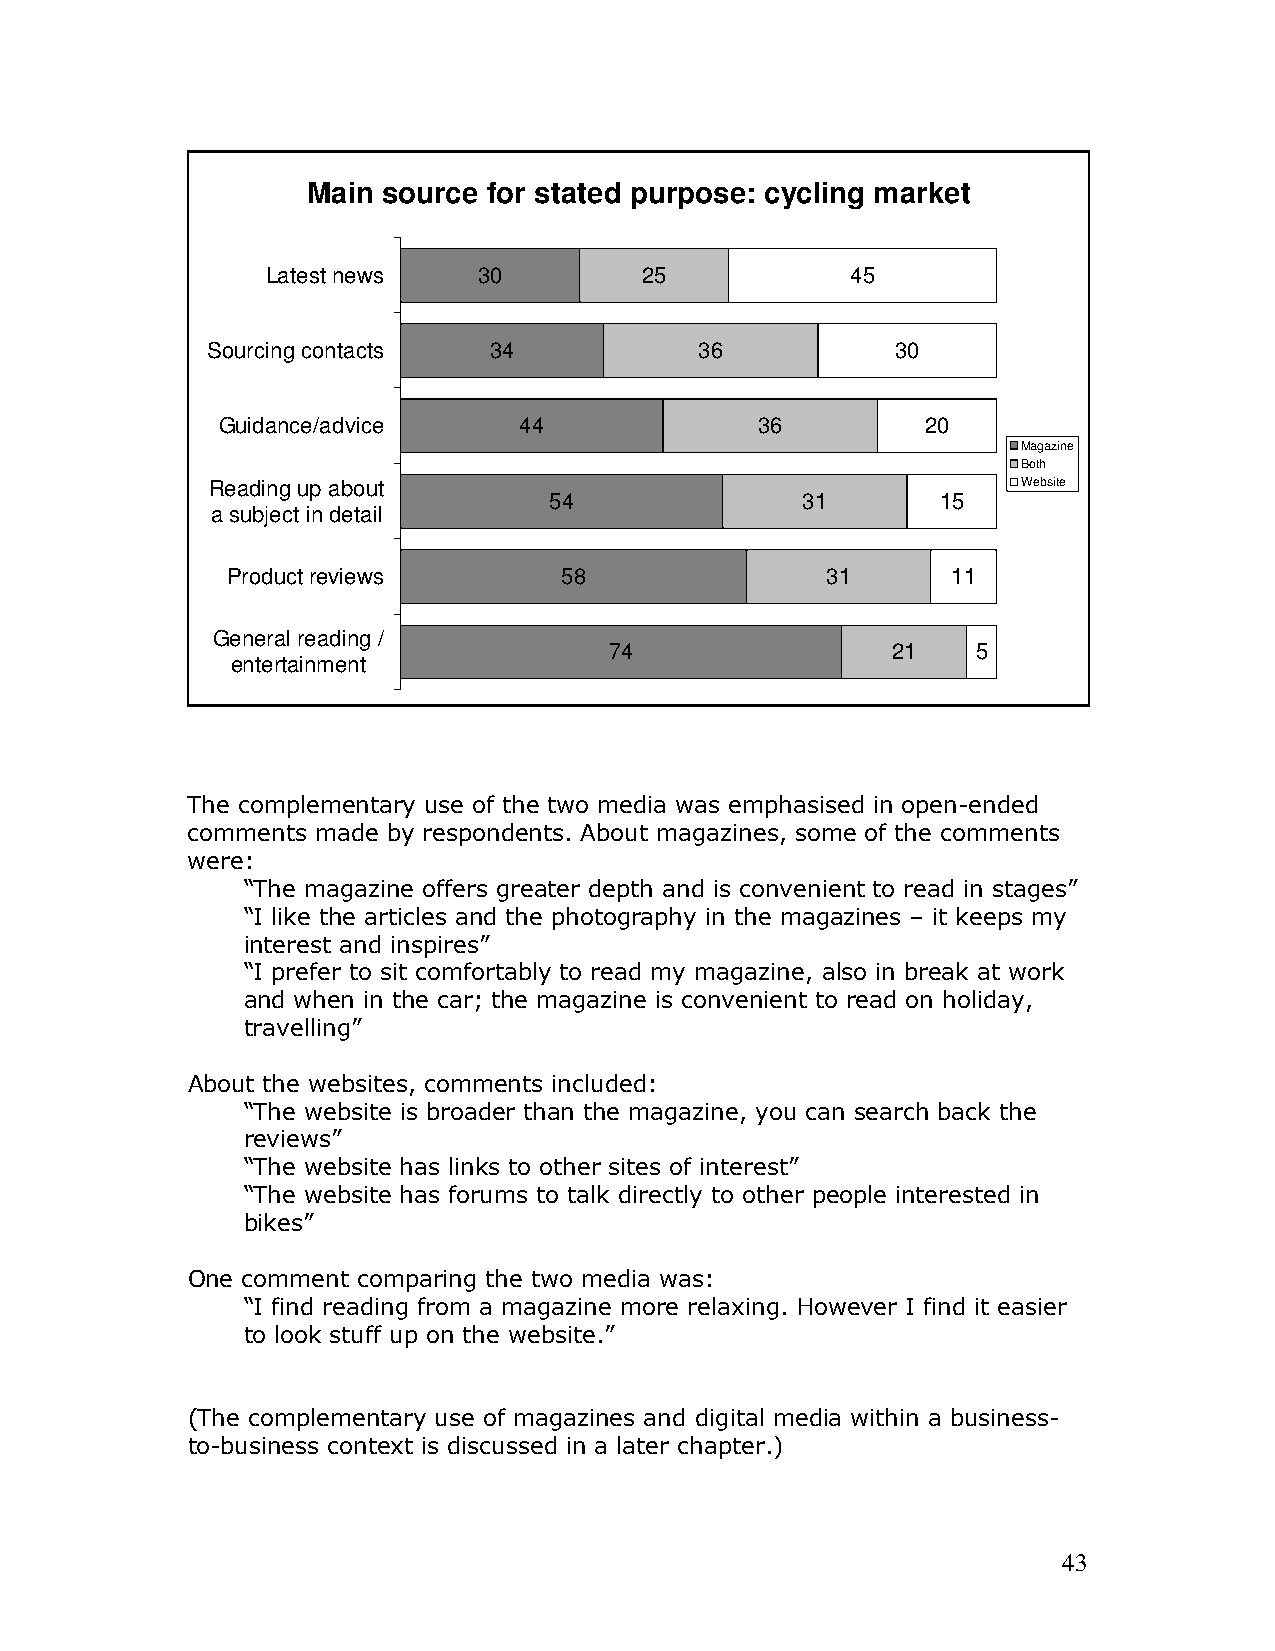
Main source for stated purpose: cycling market
 Latest news   30        25            45
 Sourcing contacts 34            36           30
 Guidance/advice     44              36         20
 Magazine
 Both
 Reading up about                                      Website
 54               31       15
 a subject in detail
 Product reviews       58                31      11
 General reading /
 74                 21    5
 entertainment
 The complementary use of the two media was emphasised in open-ended
 comments made by respondents. About magazines, some of the comments
 were:
 “The magazine offers greater depth and is convenient to read in stages”
 “I like the articles and the photography in the magazines – it keeps my
 interest and inspires”
 “I prefer to sit comfortably to read my magazine, also in break at work
 and when in the car; the magazine is convenient to read on holiday,
 travelling”
 About the websites, comments included:
 “The website is broader than the magazine, you can search back the
 reviews”
 “The website has links to other sites of interest”
 “The website has forums to talk directly to other people interested in
 bikes”
 One comment comparing the two media was:
 “I find reading from a magazine more relaxing. However I find it easier
 to look stuff up on the website.”
 (The complementary use of magazines and digital media within a business-
 to-business context is discussed in a later chapter.)
 43